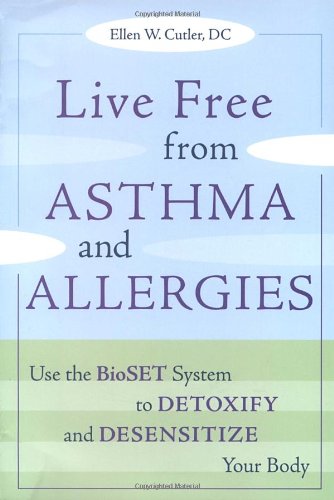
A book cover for Live Free from Asthma and Allergies: Use the BioSET System to Detoxify and Desensitize Your Body; Ellen W. Cutler; Health, Fitness & Dieting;